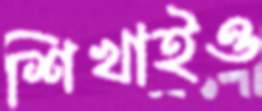
শিখাইও